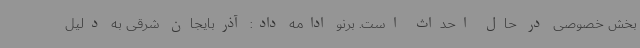
بخش خصوصی در حال احداث است. برنو ادامه داد: آذربایجان شرقی به دلیل